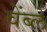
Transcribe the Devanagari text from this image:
वेंब्ले